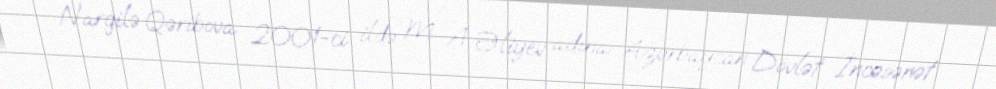
Nargilə Qəribova 2001-ci ildə M. A. Əliyev adına Azərbaycan Dövlət İncəsənət